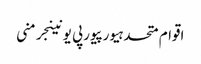
اقوام متحدہیورپیورپی یونینجرمنی